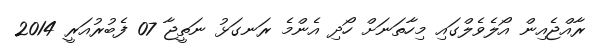
ރާއްޖެއިން އޯލެވެލްގައި މިހާތަނަށް ހޯދި އެންމެ ރަނގަޅު ނަތީޖާ 07 ފެބުރުއަރީ 2014